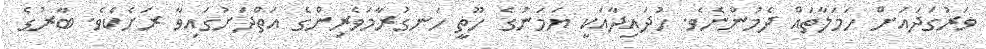
ވަރުގަދައަށް ހަމަލާތައް ދެމުންނެވެ. ހުދައިދާއަކީ ޔަމަނުގެ ހޫތީ ހަނގުރާމަވެރިންގެ އަތްދަށުގައިވާ ރަށެކެވެ. ބާރުގެ